Lunatic asylums Central Provinces reports 1886-1894 - 1886-1894
Year: 1886
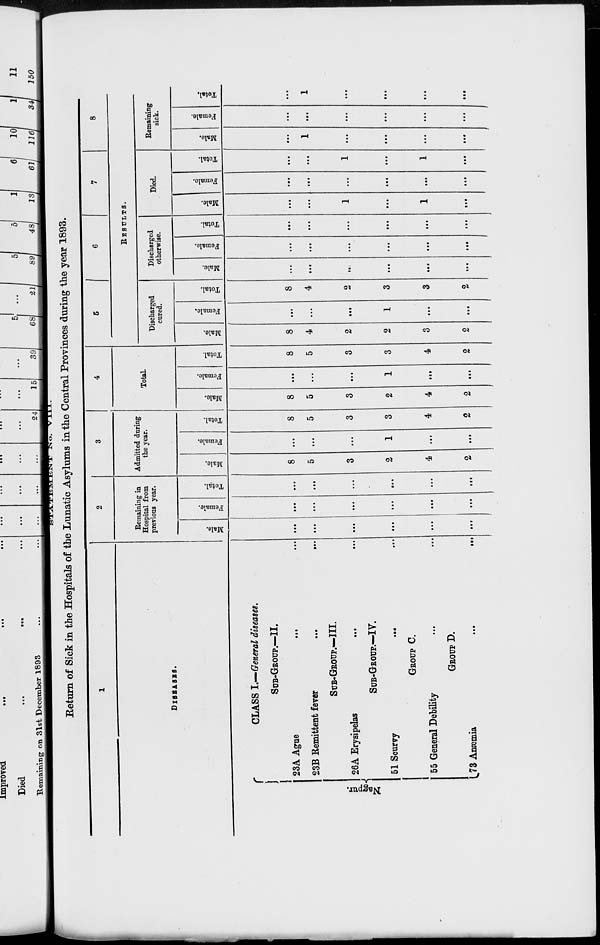
STATEMENT NO
VIII.
Return of Sick in the Hospitals of the Lunatic Asylums in the Central Provinces during the year 1893.
1
DISEASES.
Nagpur.
CLASS I.—General diseases.
SUB-GROUP.—II.
23A Ague ... ...
23B Remittent fever ... ...
SUB-GROUP.—III.
26A Erysipelas ... ...
SUB-GROUP.—IV.
51 Scurvy
...
...
GROUP C.
55 General Debility ... ...
GROUP D.
73 Anæmia
...
...
2
Remaining in
Hospital from
previous year.
Male.
...
...
...
...
...
...
Female.
...
...
...
...
...
...
Total.
...
...
...
...
...
...
3
Admitted during
the year.
Male.
8
5
3
2
4
2
Female.
...
...
...
1
...
...
Total.
8
5
3
3
4
2
4
Total.
Male.
8
5
3
2
4
2
Female.
...
...
...
1
...
...
Total.
8
5
3
3
4
2
5
6
7
8
RESULTS.
Discharged
cured.
Male.
8
4
2
2
3
2
Female.
...
...
...
1
...
...
Total.
8
4
2
3
3
2
Discharged
otherwise.
Male.
...
...
...
...
...
...
Female.
...
...
...
...
...
...
Total.
...
...
...
...
...
...
Died.
Male.
...
...
1
...
1
...
Female.
...
...
...
...
...
...
Total.
...
...
1
...
1
...
Remaining
sick.
Male.
...
1
...
...
...
...
Female.
...
...
...
...
...
...
Total.
...
1
...
...
...
...